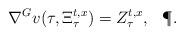
LaTeX: \begin{align*} \nabla^G v(\tau,\Xi_\tau^{t,x})= Z_\tau ^{t,x}, \;\; \,\P .\end{align*}